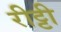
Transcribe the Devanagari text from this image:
रीट्टी